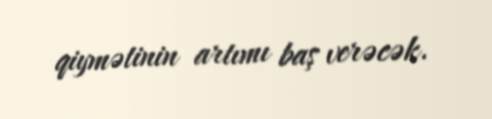
qiymətinin artımı baş verəcək.